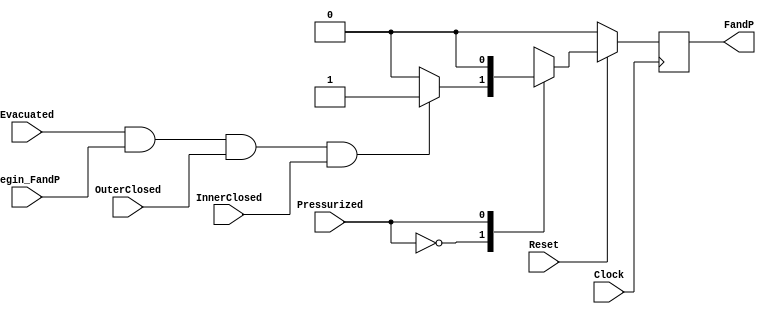
module FillandPressurize(Clock, Reset, begin_FandP, InnerClosed, OuterClosed, Evacuated, Pressurized, FandP);
	input Clock, Reset, begin_FandP, InnerClosed, OuterClosed, Evacuated, Pressurized;
	output FandP;
	
	parameter A = 0, B = 1;
	
	reg psFandP;
	reg nsFandP;
	
	reg psEvacuate;
	reg nsEvacuate;
	
	always@(*)
		
		case (Pressurized)
	
		A: begin 
		
			if (Evacuated && begin_FandP && OuterClosed && InnerClosed) begin 
			nsFandP = B;
			// nsEvacuate = B;
			end 
			else begin
			nsFandP = A;
			// nsEvacuate = A;
			end
		
		end 
		
		
		B: begin 
		
			nsFandP = A;
			// nsEvacuate = A;
			
		end 
		
		/*
		case (OuterClosed)
		
			A: begin 
			
				ns = A;
			
			end 
			
			
			B: begin 
			
				if (!Pressurized && Evacuated && begin_FandP && InnerClosed) ns = B;
				else ns = A;
				
			end 
		*/
		
		endcase
		
	assign FandP = (psFandP); 
	// assign Evacuate = (psEvacuate);
		
	always@(posedge Clock)
		if(!Reset) begin
			psFandP <= A;
			// psEvacuate <= A;
			
		end 
				
		else begin
		
			psFandP <= nsFandP;
			// psEvacuate <= nsEvacuate;
			
		end 
	
endmodule